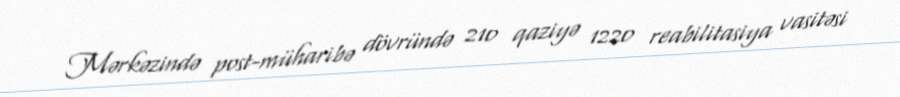
Mərkəzində post-müharibə dövründə 210 qaziyə 1220 reabilitasiya vasitəsi